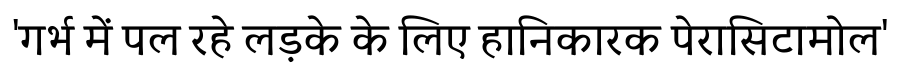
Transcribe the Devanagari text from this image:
'गर्भ में पल रहे लड़के के लिए हानिकारक पेरासिटामोल'